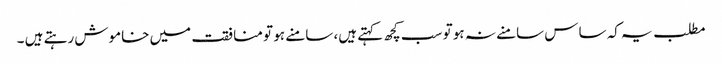
مطلب یہ کہ ساس سامنے نہ ہو تو سب کچھ کہتے ہیں، سامنے ہو تو منافقت میں خاموش رہتے ہیں ۔